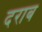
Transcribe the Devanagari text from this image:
दराब